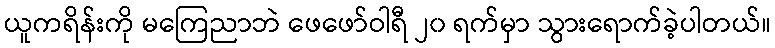
ယူကရိန်းကို မကြေညာဘဲ ဖေဖော်ဝါရီ ၂၀ ရက်မှာ သွားရောက်ခဲ့ပါတယ်။